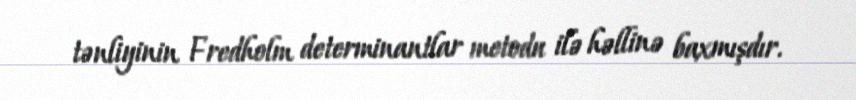
tənliyinin Fredholm determinantlar metodu ilə həllinə baxmışdır.